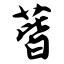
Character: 蒈